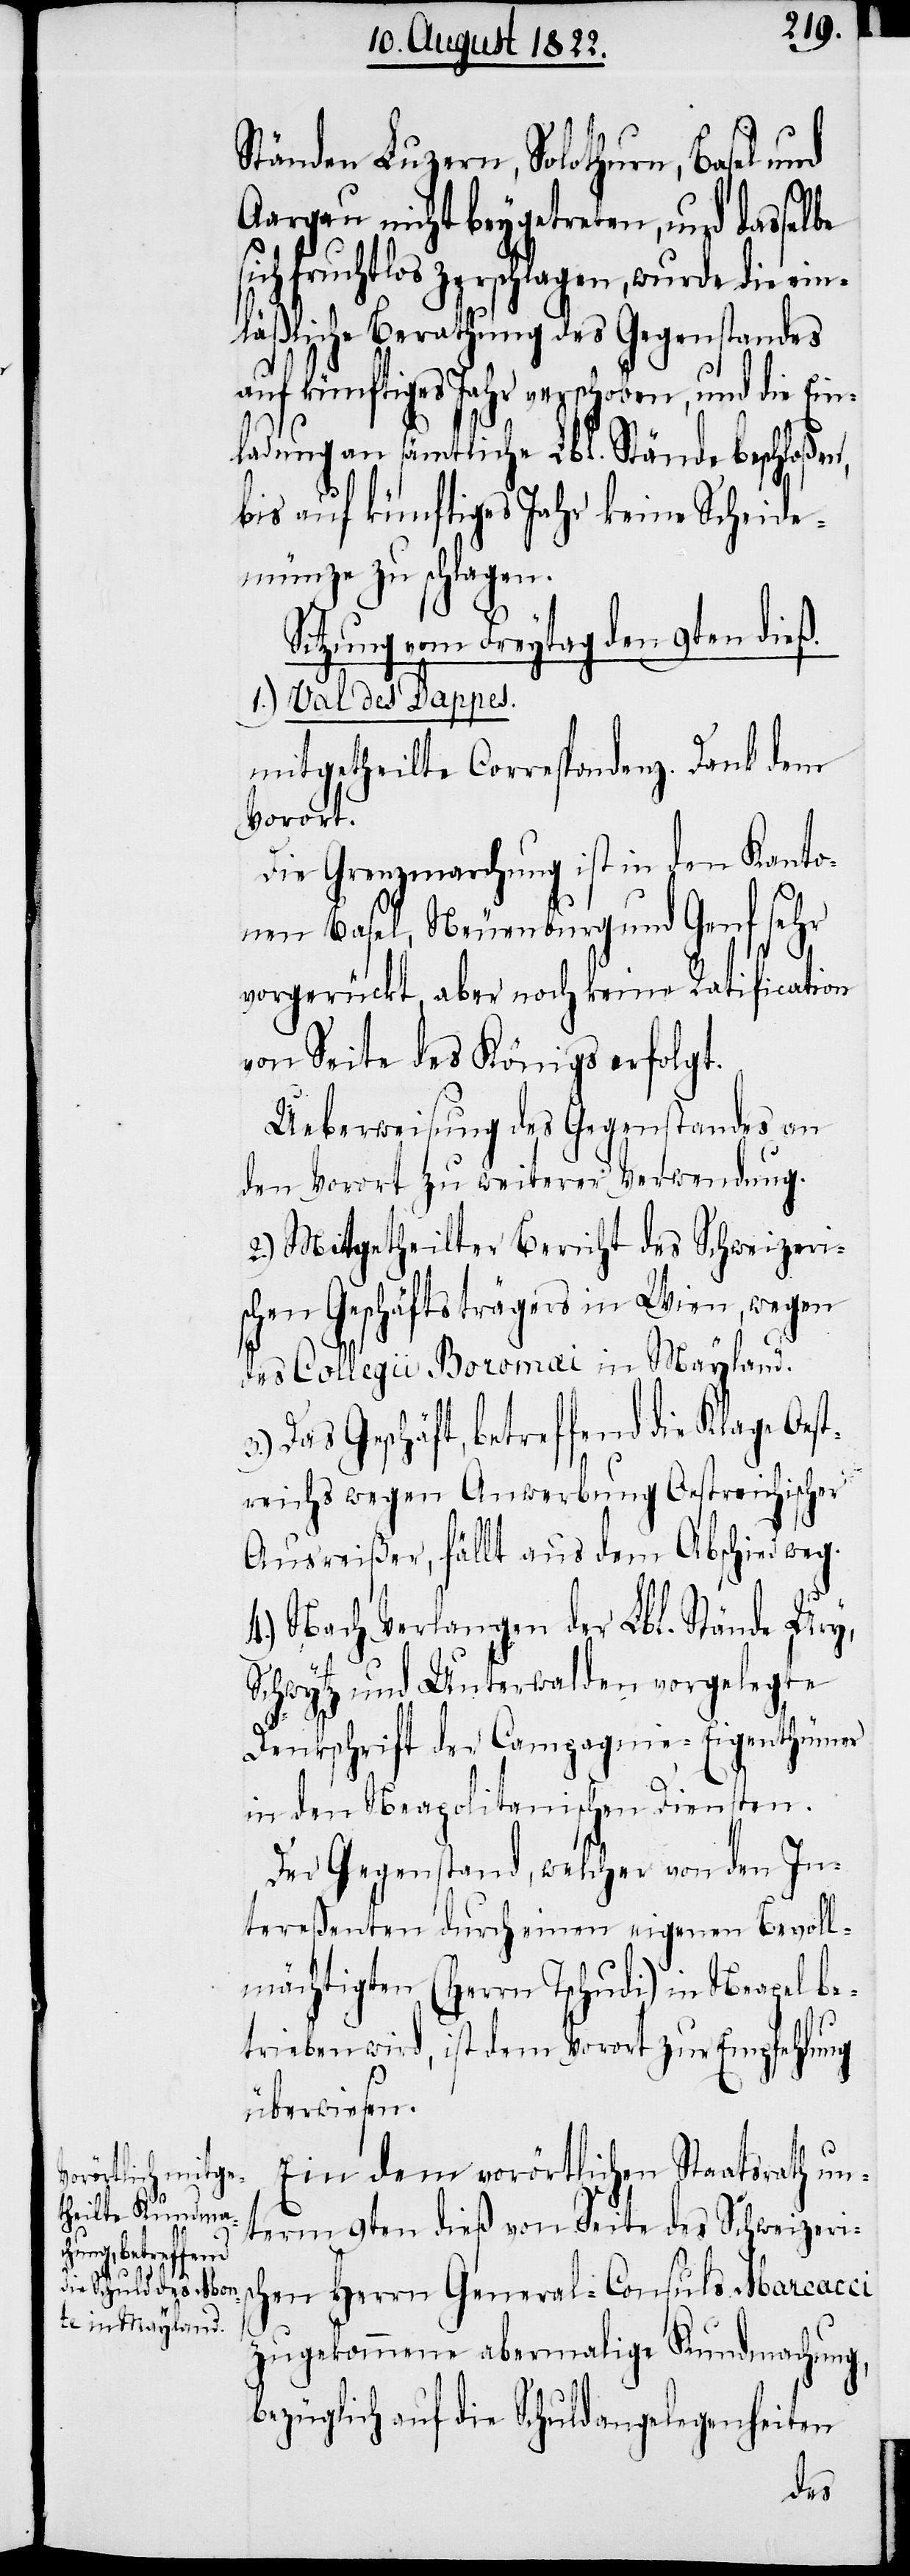
Ständen Luzern, Solothurn, Basel und
Aargau nicht beygetreten, und dassel¬
sich fruchtlos zerschlagen, wurde die ein¬
läßliche Berathung des Gegenstandes
auf künftiges Jahr verschoben, und die Ein¬
ladung an sämtliche Lbl. Stände beschloßen,
bis auf künftiges Jahr keine Scheide¬
münze zu schlagen.
Sitzung vom Freytag den 9ten dieß.
1.) Val des Dappes.
mitgetheilte Correspondenz. Dank dem
Vorort.
Die Grenzmachung ist in den Kanto¬
nen Basel, Neuenburg und Genf sehr
vorgerückt, aber noch keine Ratification
von Seite des Königs erfolgt.
Ueberweisung des Gegenstandes an
den Vorort zu weiterer Verwendung.
2.) Mitgetheilter Bericht des Schweizeri¬
schen Geschäftsträgers in Wien, wegen
des Collegii Boromai in Mayland.
Das Geschäft, betreffend die Klage Oes¬
reichs wegen Anwendung Oestreichischer
Ausreißer, fällt aus dem Abschied weg.
4.) Nach Verlangen der Lbl. Stände Ury,
Schwytz und Unterwalden vorgelegte
Dankschrift der Compagnie-Eigenthümer
in den Neapolitanischen Diensten.
Der Gegenstand, welcher von den In¬
tereßenten durch einen eigenen Bevoll¬
mächtigten (Herrn Tschudi) in Neapel be¬
trieben wird, ist dem Vorort zur Empfehlung
überwiesen.
Ein dem vorörtlichen Staatsrath un¬
term 9ten dieß von Seite des Schweizeri¬
schen Herrn General-Consuls Marcacci
zugekommene abermalige Kundmachung,
bezüglich auf die Schuldangelegenheiten
ter¬